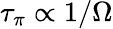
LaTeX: \tau_{\pi}\propto 1/\Omega